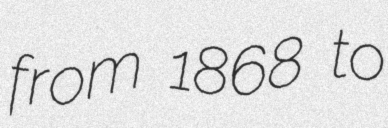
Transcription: from 1868 to